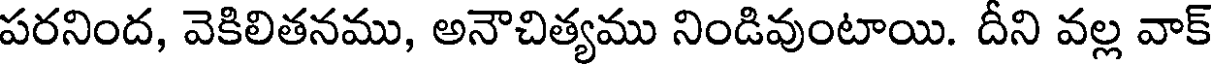
పరనింద, వెకిలితనము, అనౌచిత్యము నిండివుంటాయి. దీని వల్ల వాక్